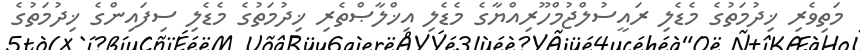
މަތިވެރި ޚިދުމަތުގެ މެޑެލި ރައީސުލްޖުމްހޫރިއްޔާގެ މެޑެލި އިޚްލާޞްތެރި ޚިދުމަތުގެ މެޑެލި ސިފައިންގެ ޚިދުމަތުގެ